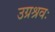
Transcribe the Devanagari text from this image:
उग्रश्रवः